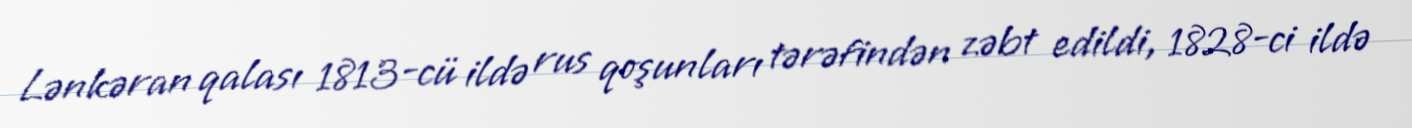
Lənkəran qalası 1813-cü ildə rus qoşunları tərəfindən zəbt edildi, 1828-ci ildə